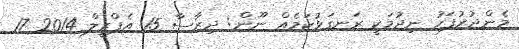
މެންދުރުފަހު ނިދުމަކީ ރަނގަޅުކަމެއް ނޫން: ދިރާސާ 15 އެޕްރީލް 2014 17